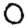
Digit: 0